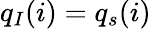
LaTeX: q_{I}(i)=q_{s}(i)